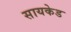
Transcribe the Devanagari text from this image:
सायकेड